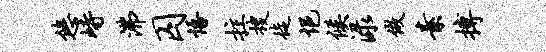
悠峙沸囚悟拄搜徒悒候渌做素搏